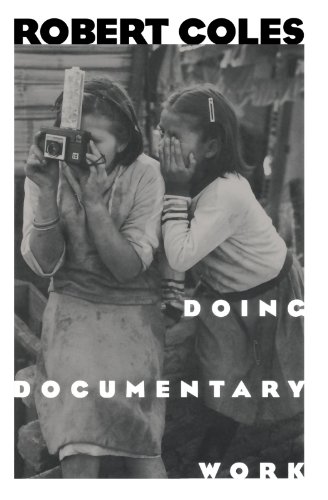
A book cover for Doing Documentary Work (New York Public Library Lectures in Humanities); Robert Coles; Humor & Entertainment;